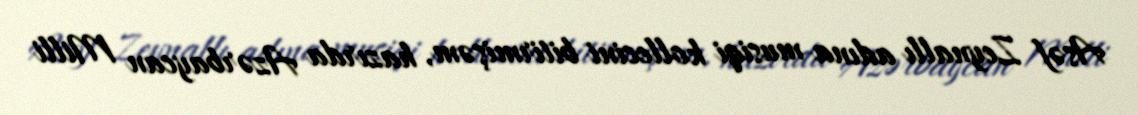
Asəf Zeynallı adına musiqi kollecini bitirmişəm, hazırda Azərbaycan Milli